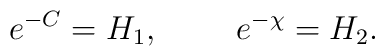
e^{-C}=H_{1},~~~~~~~e^{-\chi}=H_{2}.